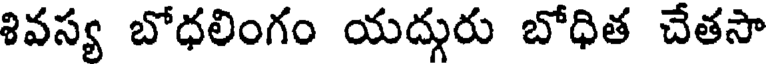
శివస్య బోధలింగం యద్గురు బోధిత చేతసా